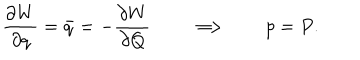
LaTeX: { \frac { \partial W } { \partial q } } = \bar { q } = - { \frac { \partial W } { \partial Q } } \qquad \Longrightarrow \qquad p = P .